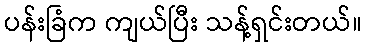
ပန်းခြံက ကျယ်ပြီး သန့်ရှင်းတယ်။